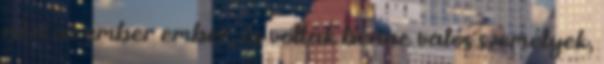
nézi az ember ember, és voltak benne valós személyek,